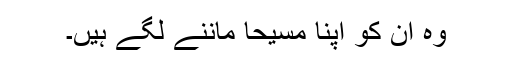
وہ ان کو اپنا مسیحا ماننے لگے ہیں۔